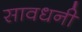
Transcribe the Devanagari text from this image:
सावधनी